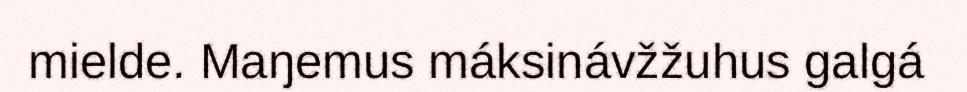
mielde. Maŋemus máksinávžžuhus galgá